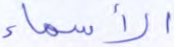
الأسماء